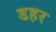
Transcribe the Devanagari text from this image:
डहर